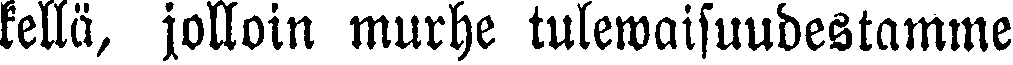
kellä, jolloin murhe tulewaisuudestamme